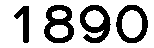
1890